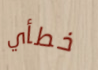
خطأي